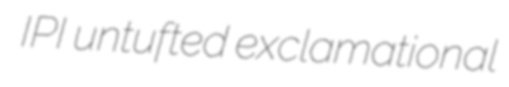
IPI untufted exclamational